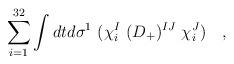
LaTeX: \begin{align*}\sum_{i=1}^{32} \int dt d\sigma^1\ (\chi_i^I\ (D_+)^{IJ}\ \chi_i^J )\quad,\end{align*}